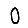
Digit: 0